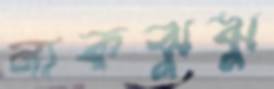
নাকঝুঝু